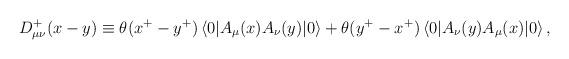
LaTeX: \begin{align*}D^+_{\mu\nu}(x-y) \equiv\theta (x^+ -y^+)\left<0|A_\mu (x) A_\nu(y)|0\right> +\theta (y^+ -x^+)\left<0|A_\nu (y) A_\mu (x)|0\right>,\end{align*}